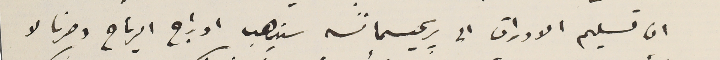
ان تسليم الاوراق الى ريجسمانسه سيذهب ادراج الرياح وصرنا لا